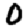
Digit: 0